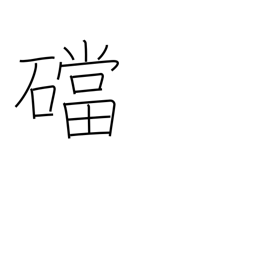
Meaning: base